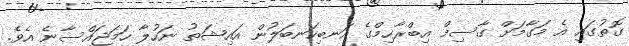
ގޮތުގައި އެ މަގާމަށް ގާސިމް އިބްރާހިމްގެ އަނބިކަނބަލުން އައިޝަތު ނަހުލާ ހަމަޖައްސާނެ އެވެ.